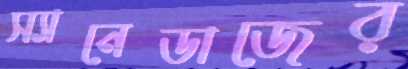
স্যানেডাজের